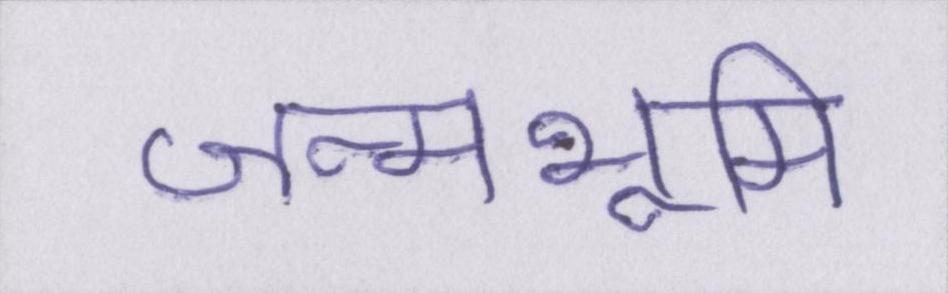
जन्मभूमि